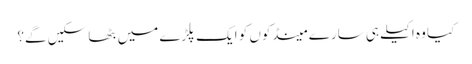
کیا وہ اکیلے ہی سارے مینڈکوں کو ایک پلڑے میں بٹھا سکیں گے؟